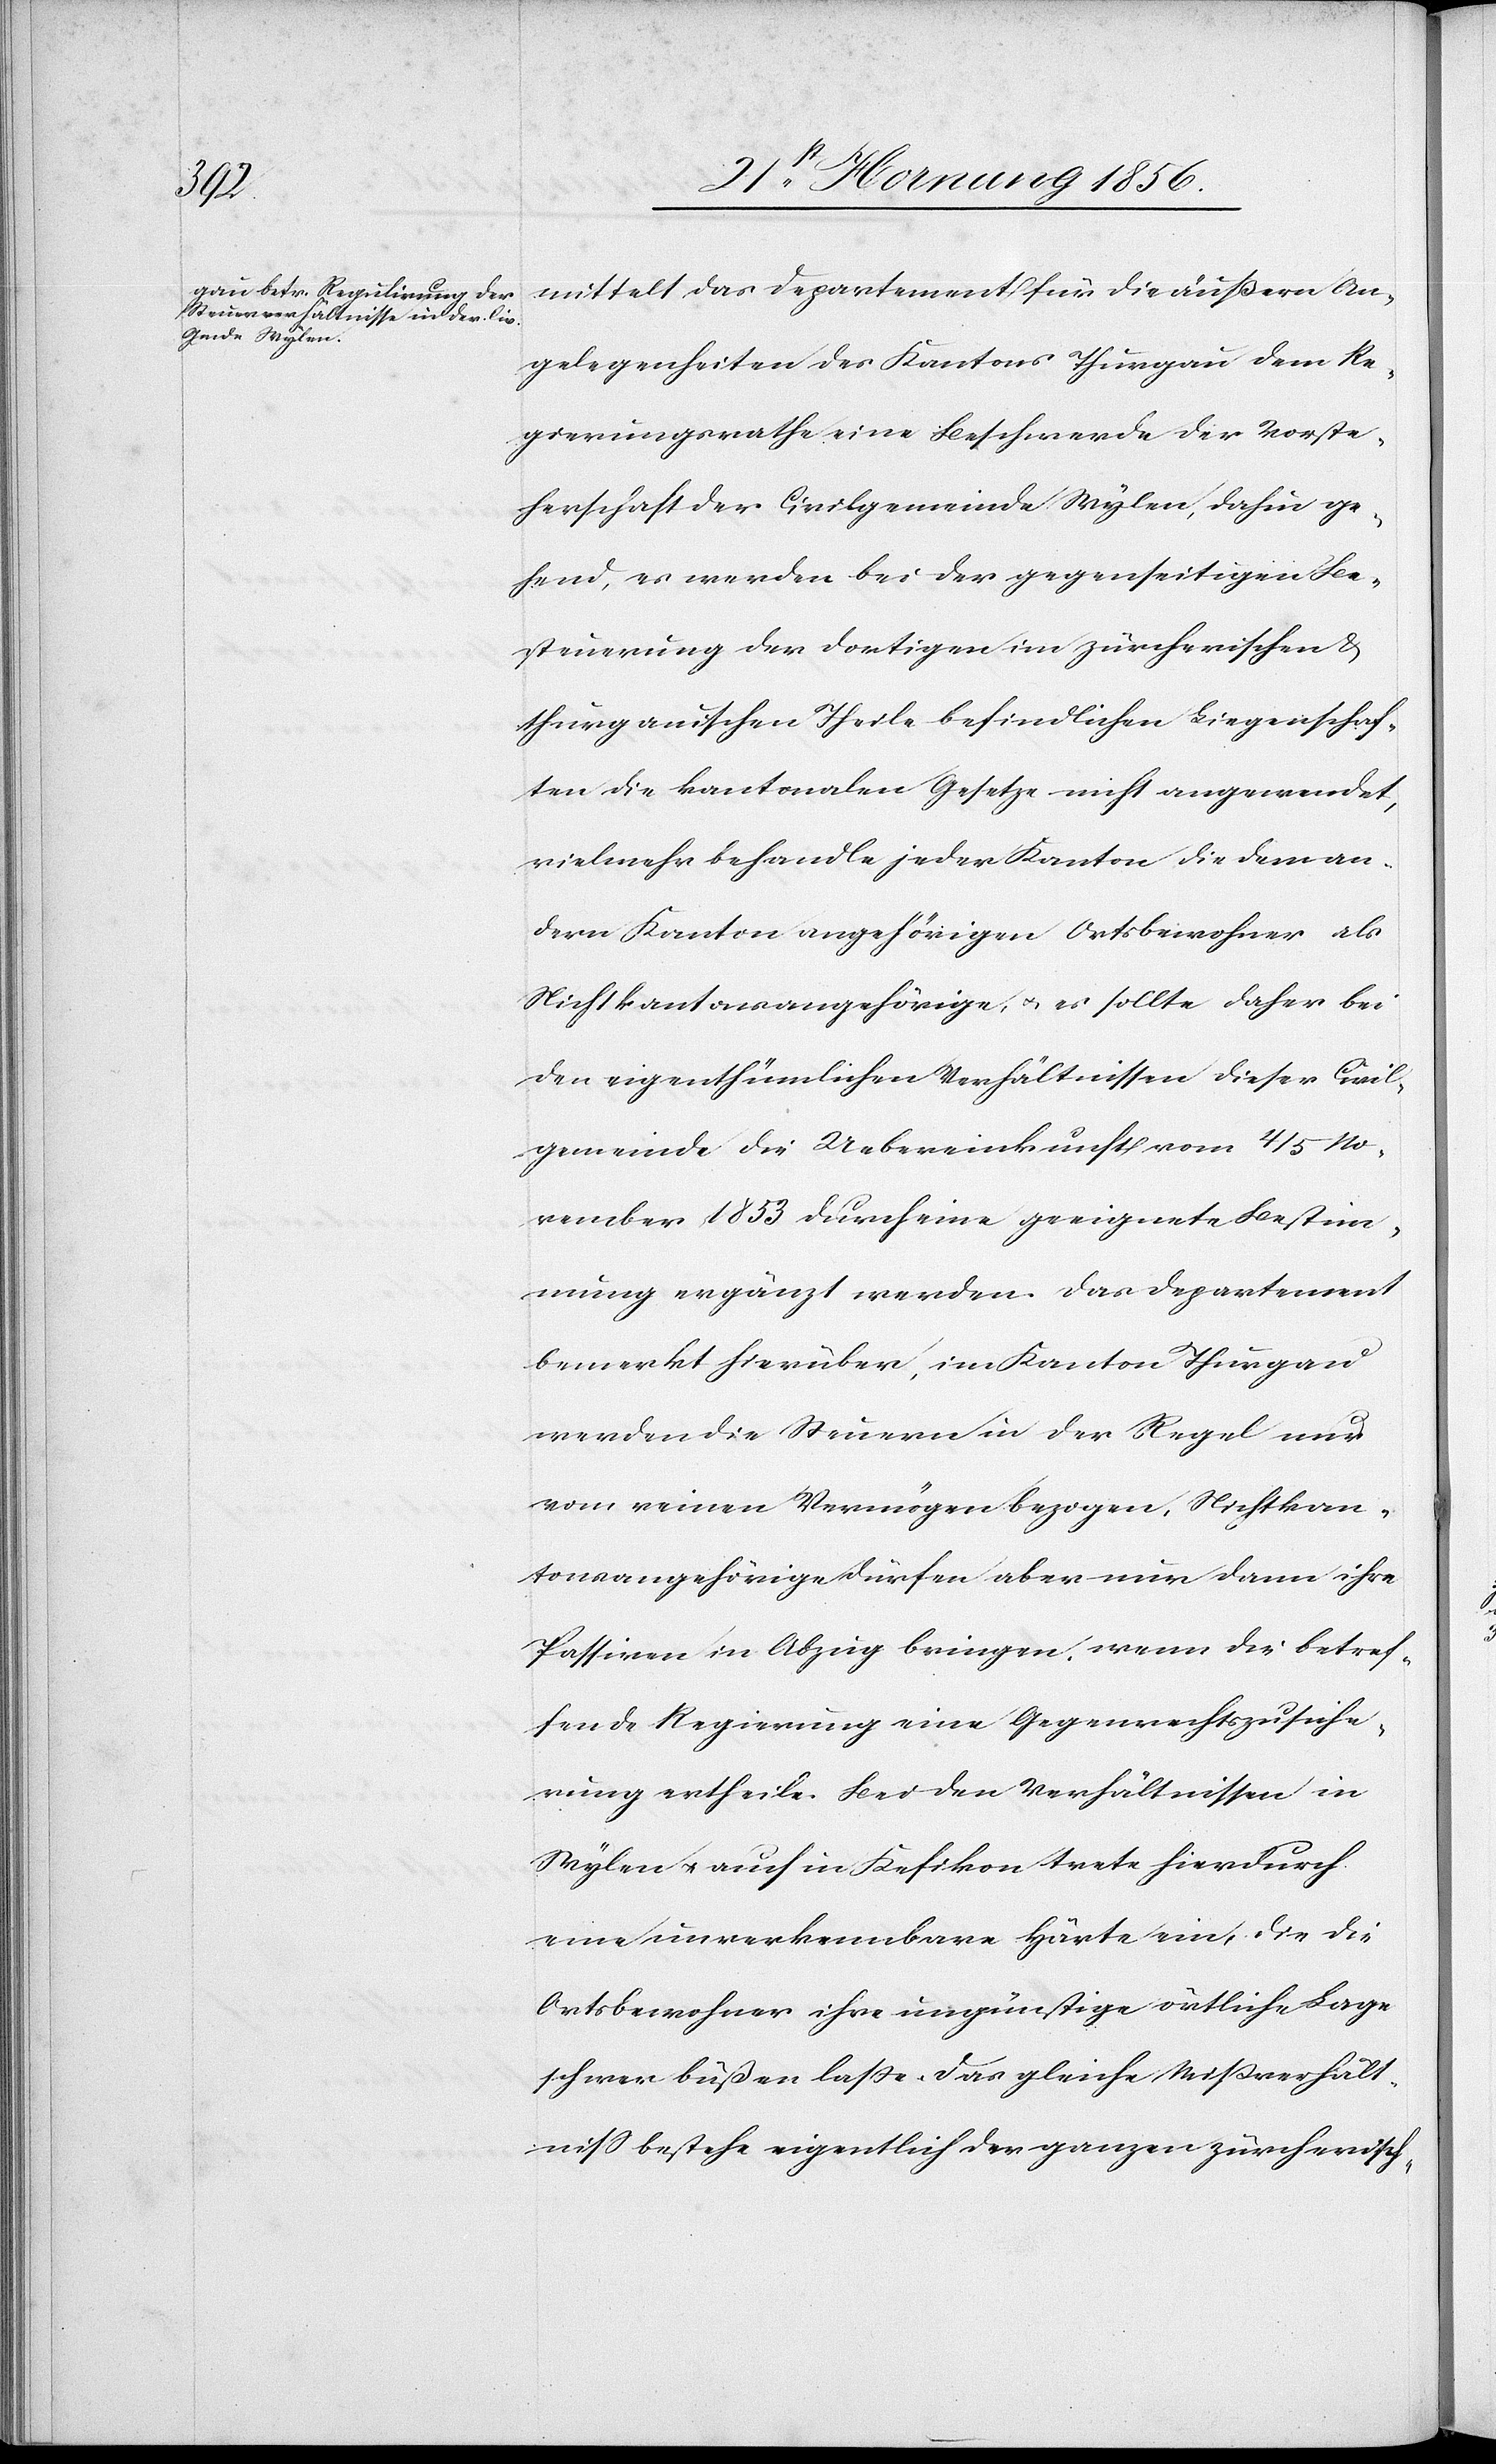
mittelt das Departement für die äußern An¬
gelegenheiten des Kantons Thurgau dem Re¬
gierungsrathe eine Beschwerde der Vorste¬
herschaft der Civilgemeinde Wylen, dahin ge¬
hend, es werden bei der gegenseitigen Be¬
steuerung der dortigen im zürcherischen &
thurgauischen Theile befindlichen Liegenschaf¬
ten die kantonalen Gesetze nicht angewendet,
vielmehr behandle jeder Kanton die dem an¬
dern Kanton angehörigen Ortsbeiwohner als
Nichtkantonsangehörige, u. es sollte daher bei
den eigenthümlichen Verhältnissen dieser Civil¬
gemeinde die Uebereinkunft vom 4/5 No¬
vember 1853 durch eine geeignete Bestim¬
mung ergänzt werden. Das Departement
bemerkt hierüber, im Kanton Thurgau
werden die Steuern in der Regel nur
vom reinen Vermögen bezogen, Nichtkan¬
tonsangehörige dürfen aber nur dann ihre
Passiven in Abzug bringen, wenn die betref¬
fende Regierung eine Gegenrechtszusiche¬
rung ertheile. Bei den Verhältnissen in
Wylen u. auch in Kefikon trete hierdurch
eine unverkennbare Härte ein, die die
Ortsbewohner ihre ungünstige örtliche Lage
schwer büßen laße. Das gleiche Mißverhält¬
niß bestehe eigentlich der ganzen zürcherisch-